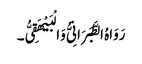
رَوَاہُ الطَّبَرَانِیُّ وَالْبَیْھَقِیُّ۔